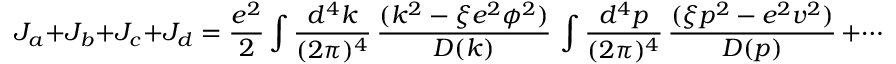
J _ { a } + J _ { b } + J _ { c } + J _ { d } = { \frac { e ^ { 2 } } { 2 } } \int { \frac { d ^ { 4 } k } { ( 2 \pi ) ^ { 4 } } } \, { \frac { ( k ^ { 2 } - \xi e ^ { 2 } \phi ^ { 2 } ) } { D ( k ) } } \, \int { \frac { d ^ { 4 } p } { ( 2 \pi ) ^ { 4 } } } \, { \frac { ( \xi p ^ { 2 } - e ^ { 2 } v ^ { 2 } ) } { D ( p ) } } \, + \cdots \, .